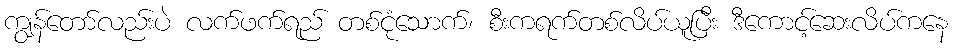
ကျွန်တော်လည်းပဲ လက်ဖက်ရည် တစ်ငုံသောက်၊ စီးကရက်တစ်လိပ်ယူပြီး ဒီကောင့်ဆေးလိပ်ကနေ